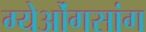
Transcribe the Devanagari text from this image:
ग्येओंगसांग